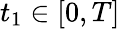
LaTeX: t_{1}\in[0,T]